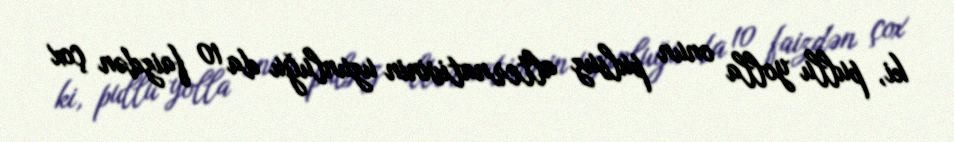
ki, pullu yolla onun pulsuz alternativinin uzunluğu da 10 faizdən çox